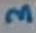
Text: 3